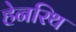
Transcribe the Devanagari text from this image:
हेनरिथ